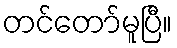
တင်တော်မူပြီ။